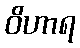
ဝိဟာရ